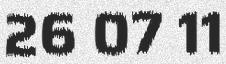
26 07 11